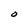
Character: O